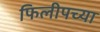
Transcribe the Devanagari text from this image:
फिलीपच्या